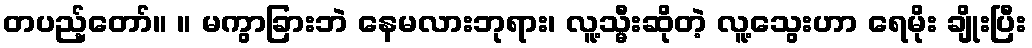
တပည့်တော်။ ။ မကွာခြားဘဲ နေမလားဘုရား၊ လူ့သ္မီးဆိုတဲ့ လူ့သွေးဟာ ရေမိုး ချိုးပြီး